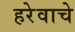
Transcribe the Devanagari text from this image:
हरेवाचे